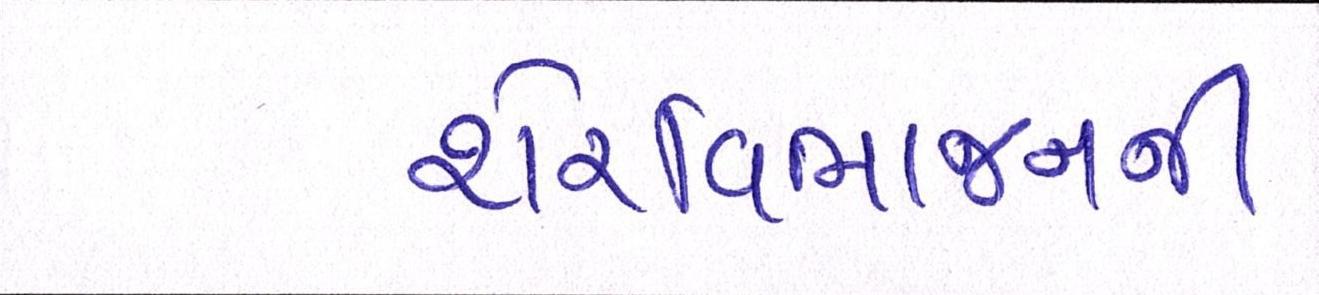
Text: શેરવિભાજનની